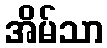
အိမ်သာ